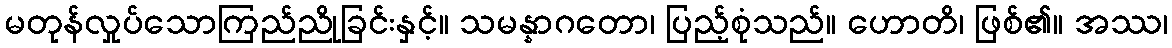
မတုန်လှုပ်သောကြည်ညိုခြင်းနှင့်။ သမန္နာဂတော၊ ပြည့်စုံသည်။ ဟောတိ၊ ဖြစ်၏။ အဿ၊